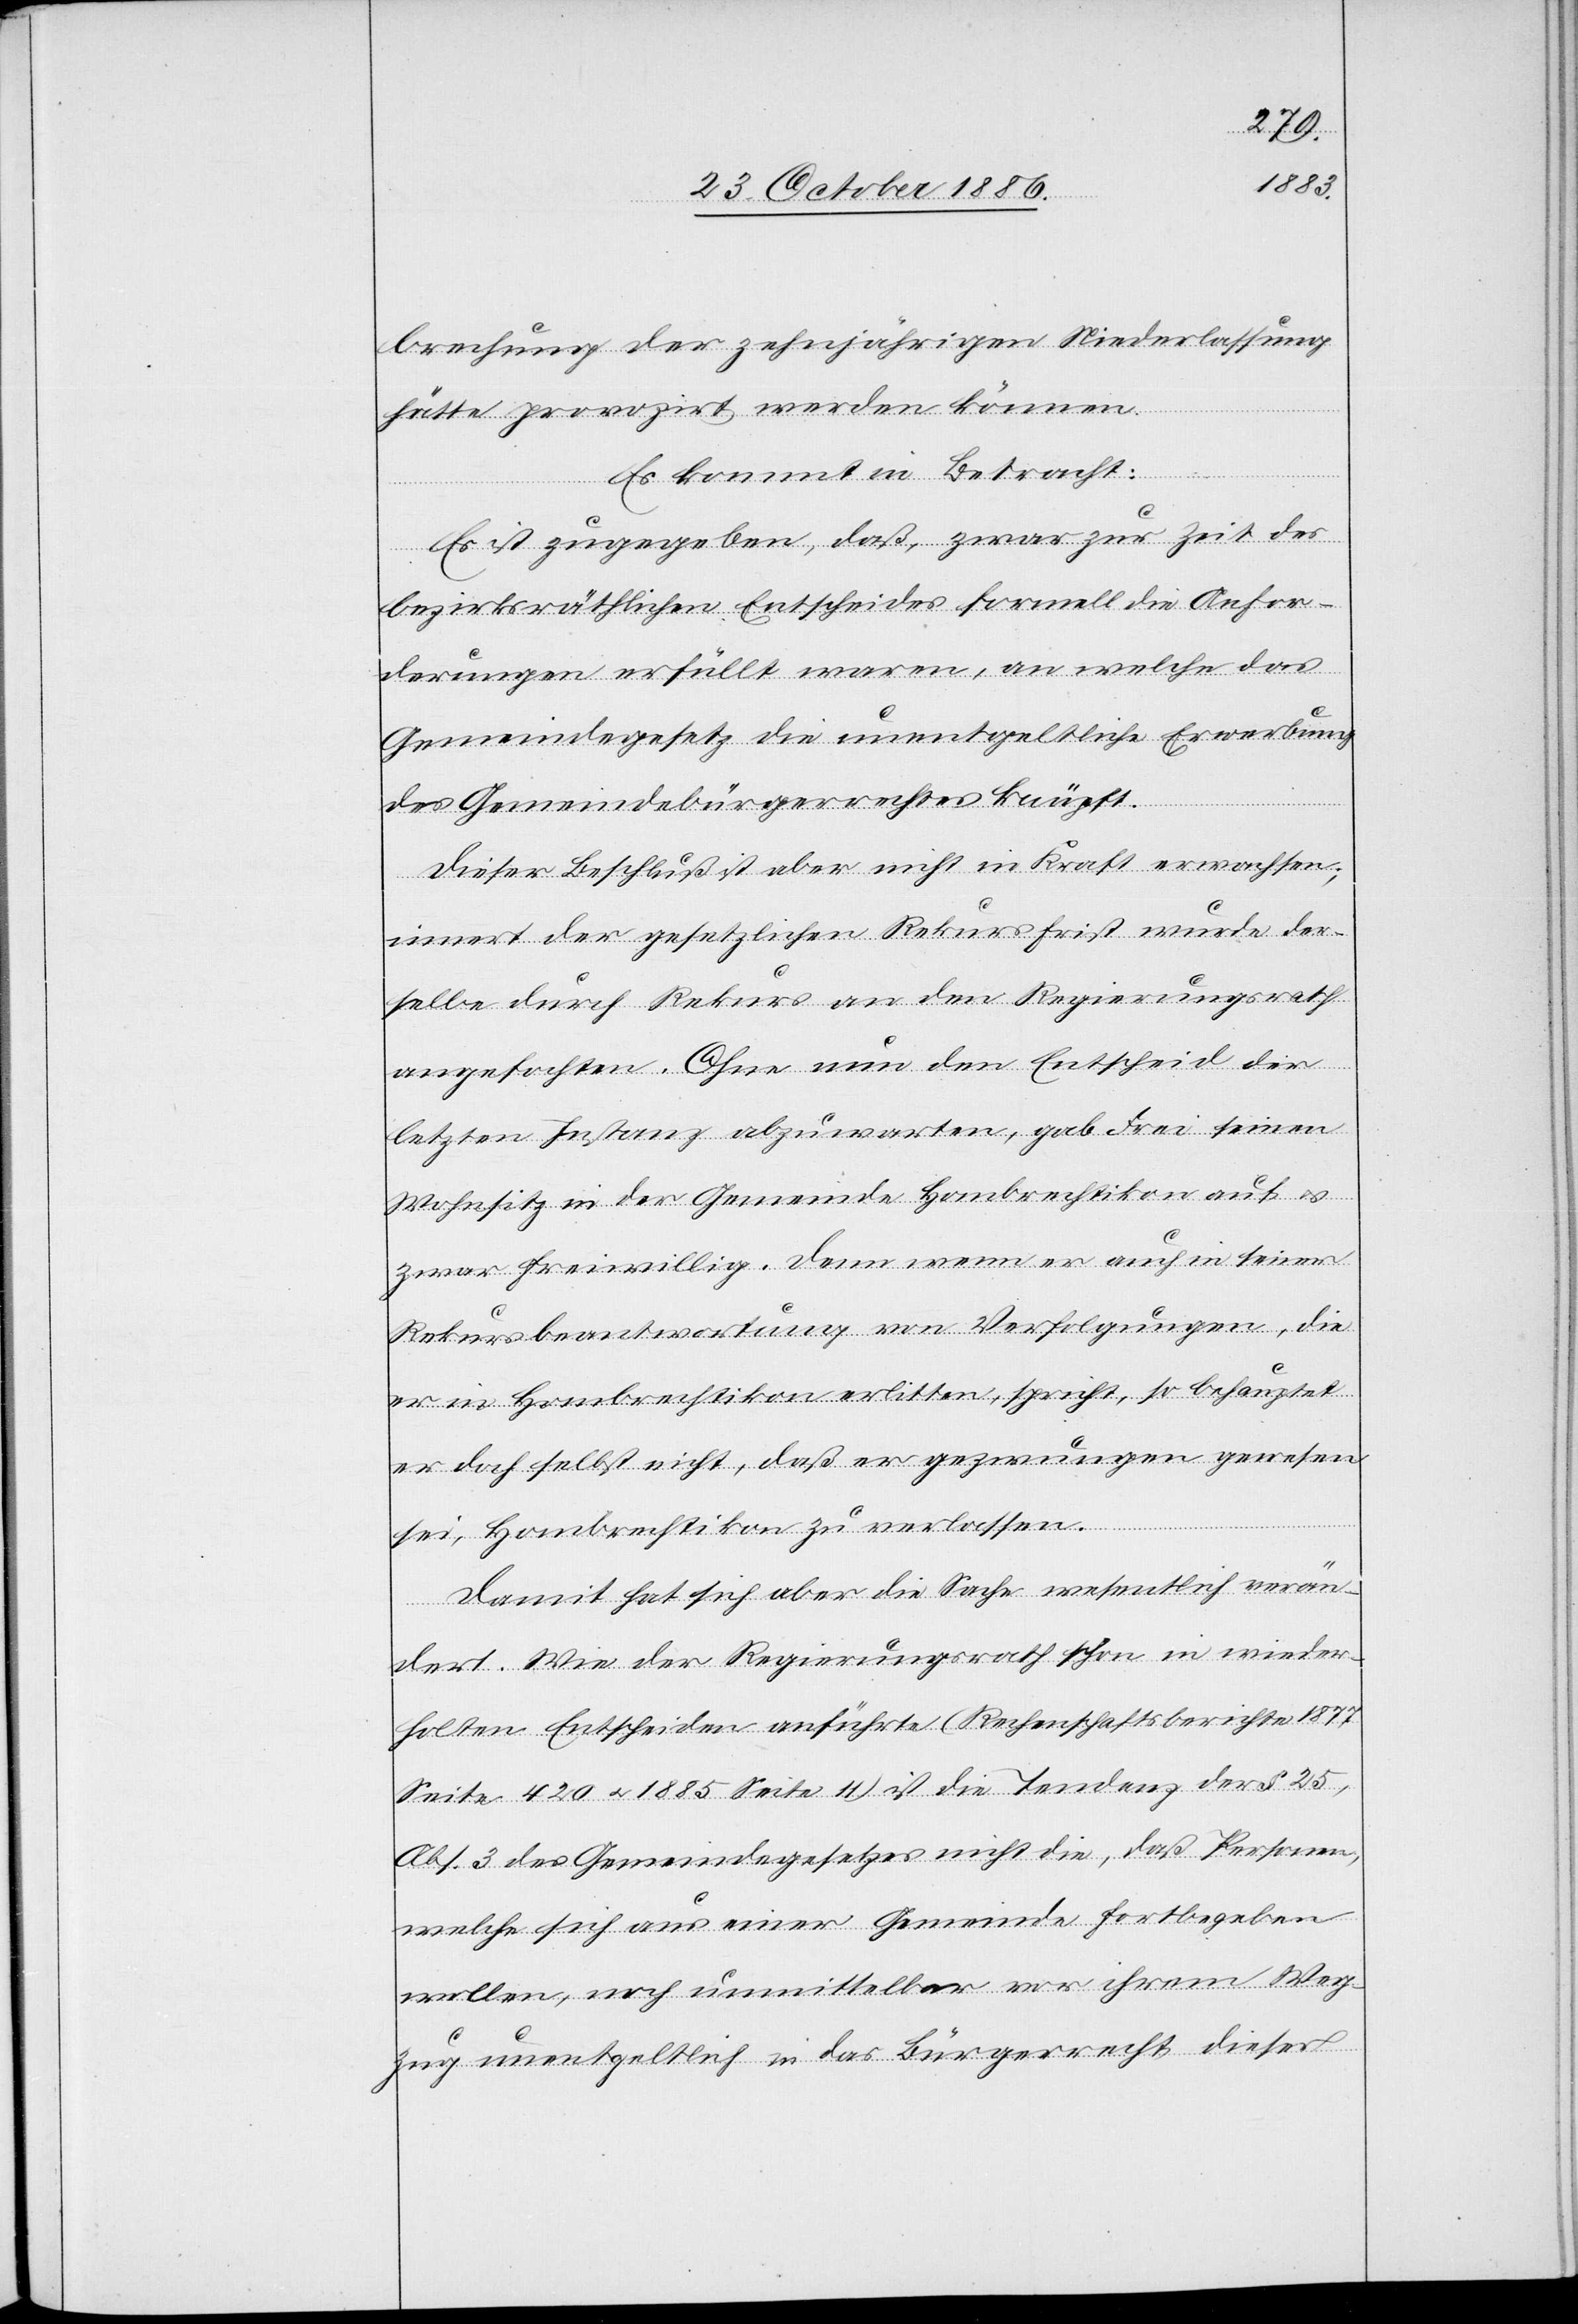
brechung der zehnjährigen Niederlassung
hätte provozirt werden können.
Es kommt in Betracht:
Es ist zugegeben, daß, zwar zur Zeit des
bezirksräthlichen Entscheides formell die Anfor¬
derungen erfüllt waren, an welche das
Gemeindegesetz die unentgeltliche Erwerbung
des Gemeindebürgerrechtes knüpft.
Dieser Beschluß ist aber nicht in Kraft erwachsen;
innert der gesetzlichen Rekursfrist wurde der¬
selbe durch Rekurs an den Regierungsrath
angefochten. Ohne nun den Entscheid der
letzten Instanz abzuwarten, gab Frei seinen
Wohnsitz in der Gemeinde Hombrechtikon auf &
zwar freiwillig. Denn wenn er auch in seiner
Rekursbeantwortung von Verfolgungen, die
er in Hombrechtikon erlitten, spricht, so behauptet
er doch selbst nicht, daß er gezwungen gewesen
sei, Hombrechtikon zu verlassen.
Damit hat sich aber die Sache wesentlich verän¬
dert. Wie der Regierungsrath schon in wieder¬
holten Entscheiden anführte (Rechenschaftsberichte 1877
Seite 420 & 1885 Seite 11) ist die Tendenz der
Abs. 3 des Gemeindegesetzes nicht die, daß Personen,
welche sich aus einer Gemeinde fortbegeben
wollen, noch unmittelbar vor ihrem Weg¬
zug unentgeltlich in das Bürgerrecht dieser